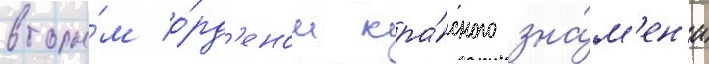
вторы́м о́рд'еном кра́сного зна́м'ен'и